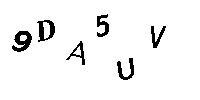
9DA5UV